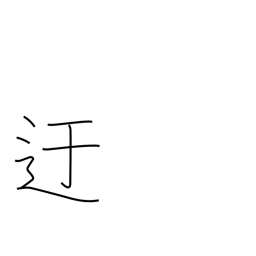
Meaning: roundabout way